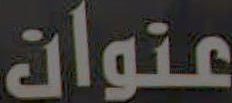
عنوان